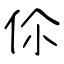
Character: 伱